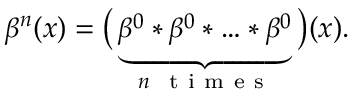
\beta ^ { n } ( x ) = \big ( \underbrace { \beta ^ { 0 } * \beta ^ { 0 } * \ldots * \beta ^ { 0 } } _ { n \ \mathrm { ~ t ~ i ~ m ~ e ~ s ~ } } \big ) ( x ) .